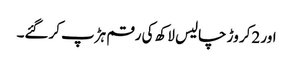
اور 2کر وڑ چالیس لاکھ کی رقم ہڑپ کرگئے۔